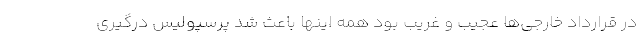
در قرارداد خارجی‌ها عجیب و غریب بود همه اینها باعث شد پرسپولیس درگیری